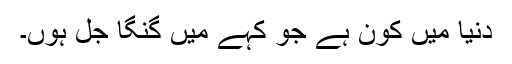
دنیا میں کون ہے جو کہے میں گنگا جل ہوں۔